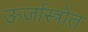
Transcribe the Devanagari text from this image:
ऊर्जास्त्रोत